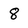
Character: 8